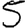
Digit: 5